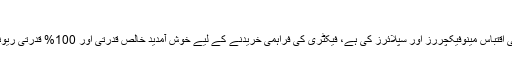
ریوند چینی ٹراک
راسان حیاتی طرزیات انکا ایک سرکردہ ریوند چینی اقتباس مینوفیکچررز اور سپلائرز کی ہے، فیکٹری کی فراہمی خریدنے کے لیے خوش آمدید خالص قدرتی اور 100% قدرتی ریوند چینی کم قیمت اور اعلی معیار کا ماحصل کریں ۔